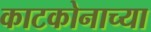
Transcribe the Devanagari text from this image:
काटकोनाच्या